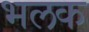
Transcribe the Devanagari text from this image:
भलक